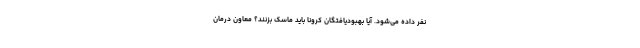
نفر داده می‌شود. آیا بهبودیافتگان کرونا باید ماسک بزنند؟ معاون درمان